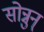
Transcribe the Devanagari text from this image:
सोन्नुन्